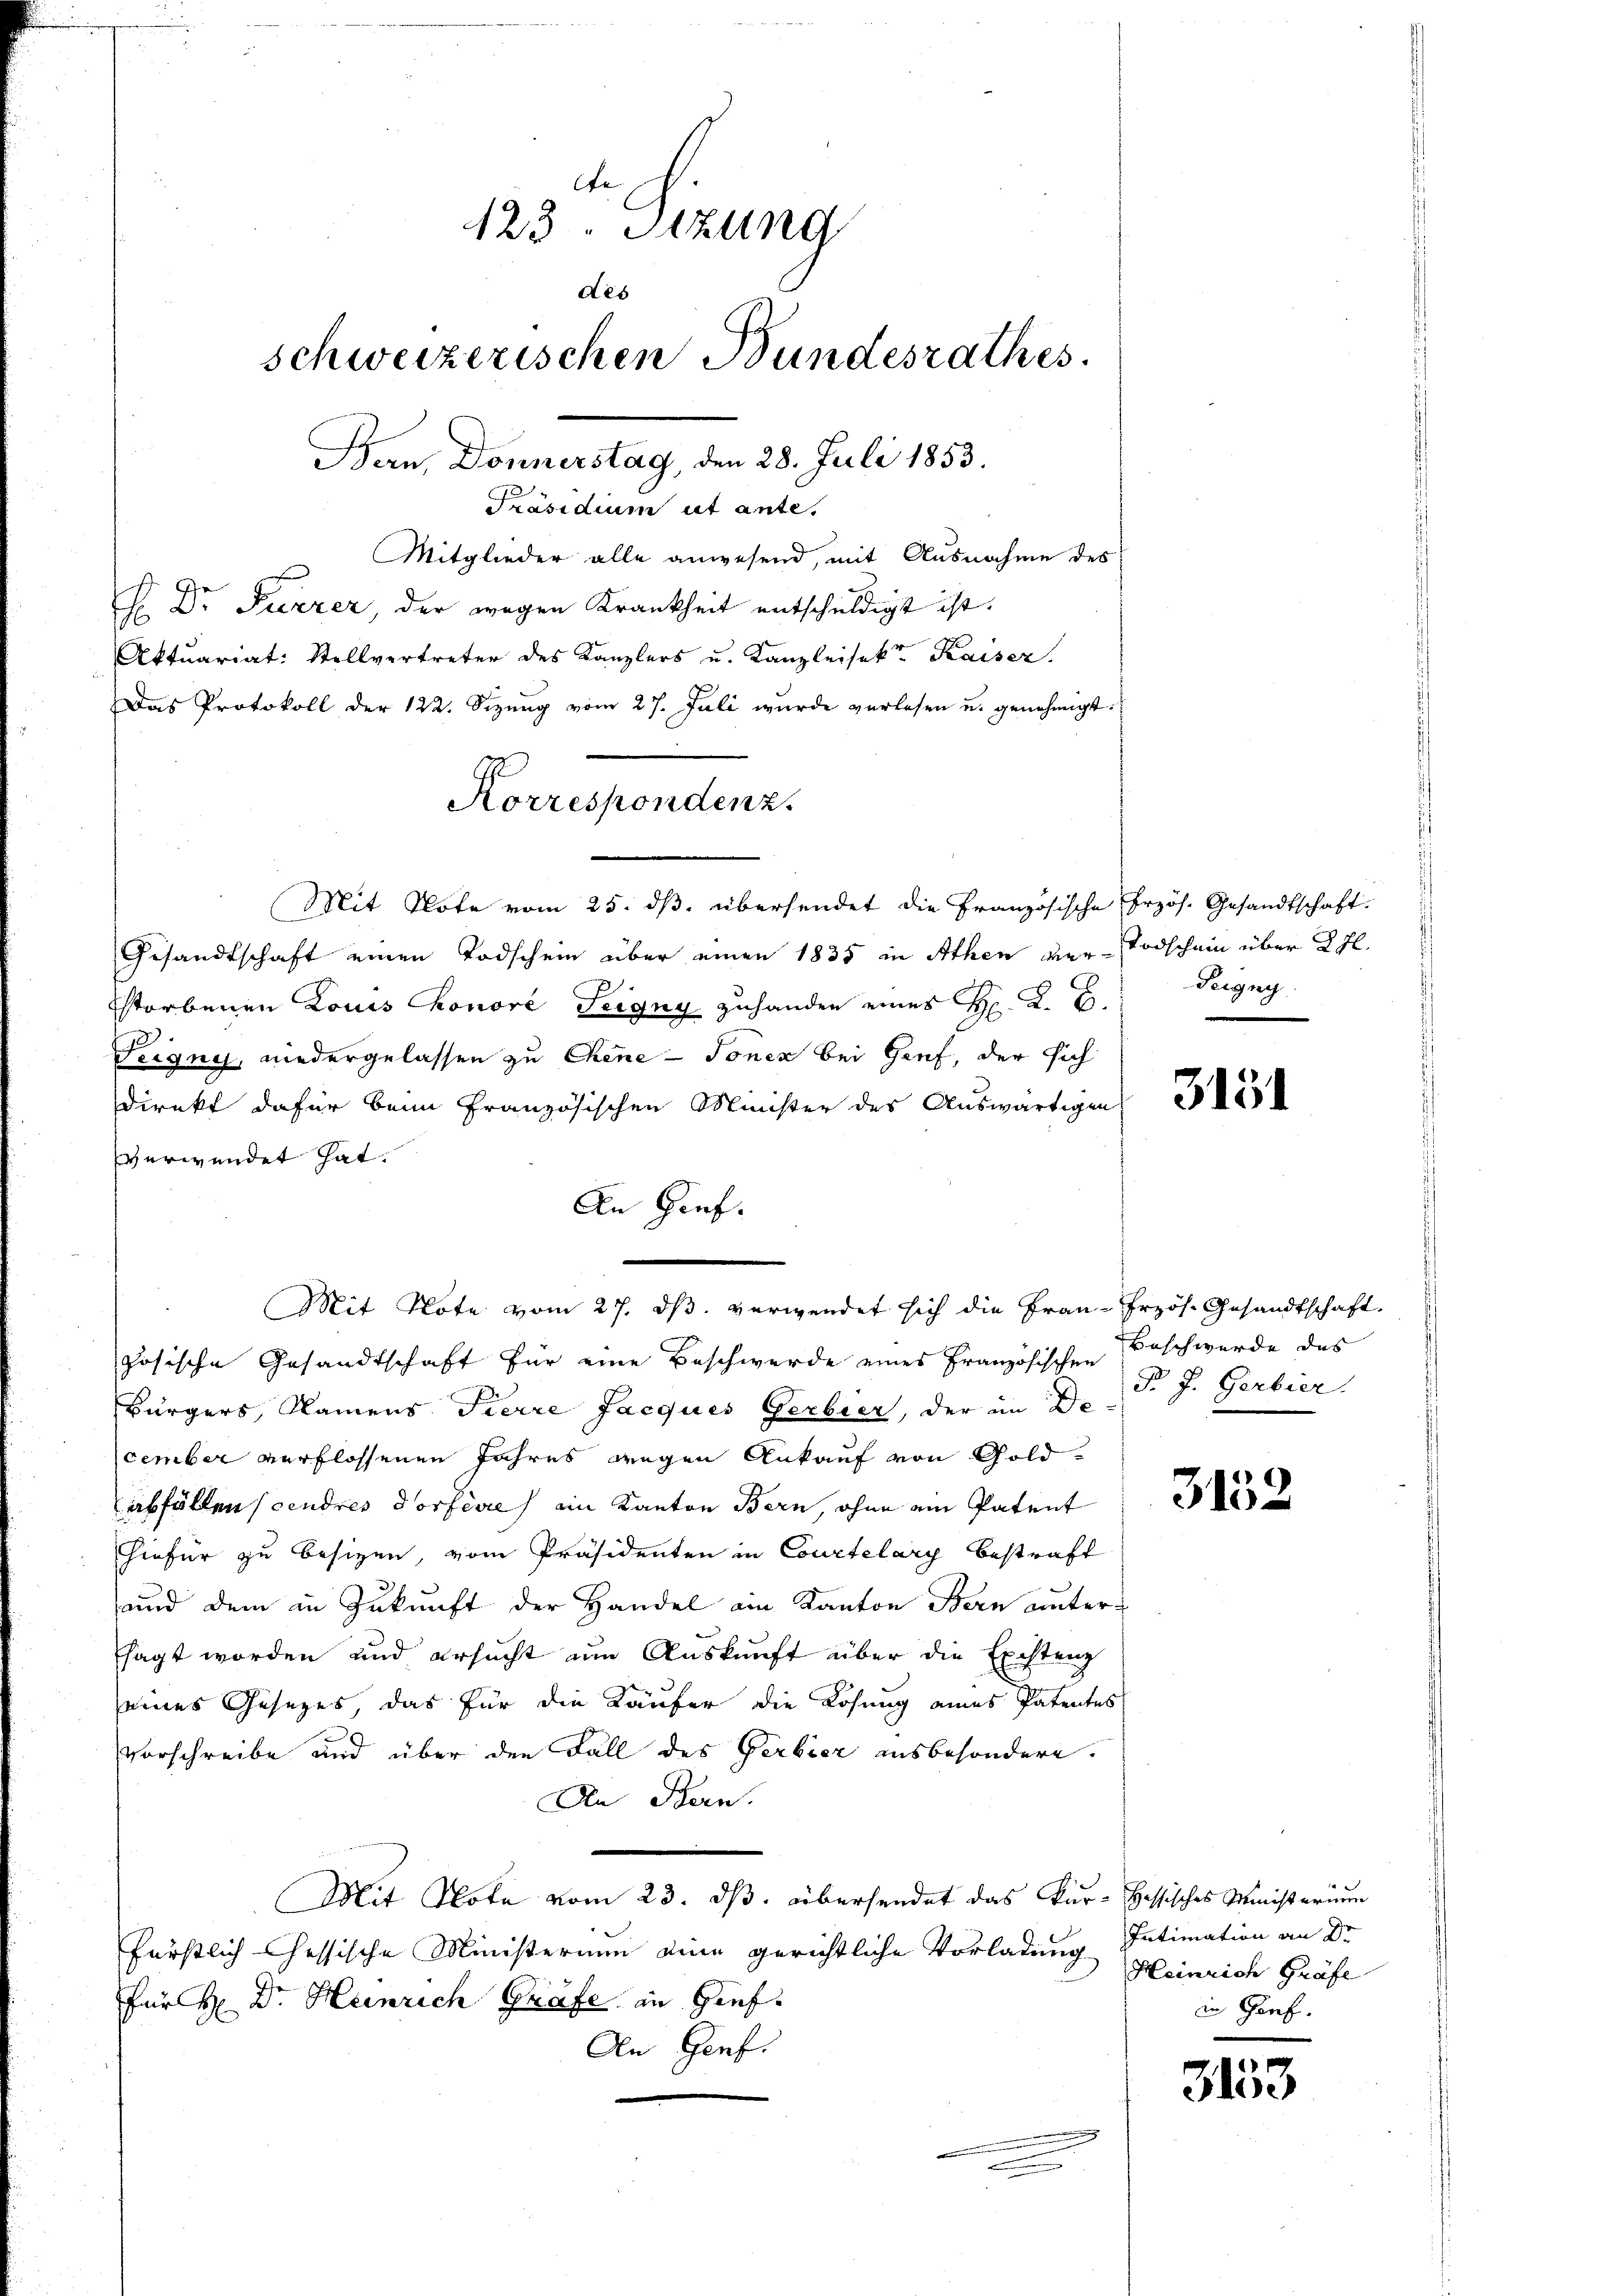
Präsidium et ante.
Mitglieder alle anwesend, mit Ausnahme des
H. Dr Furrer, der wegen Krankheit entschuldigt ist.
Aktuariat: Stellvertreter des Kanzlers u. Kanzleisekt Kaiser
Das Protokoll der 122. Sizung vom 27. Juli wurde verlesen u. genehmigt.
Gesandtschaft einen Todschein über einen 1835 in Athen ver- Todschein über 2 fl.
storbenen Louis honore Teigny zuhander eines H. K. B.
Teigne, niedergelassen zu Chene - Tonen bei Genf, der sich
Direkt dafür beim Französischen Minister des Auswärtigen
verwendet hat.
An Gief.
zösische Gesandtschaft für eine Beschwerde eines Französischen Beschwerde des
Bürgers, Namens Fierre Jacques Gerbier, der im De-
cember verflossenen Jahres wegen Ankauf von Goldabfällen (cendres Dorfevre ein Kanton Bern, ohne ein Patent
Hiefür zu besizen, vom Präsidenten in Courtelary bestraft
und dem in Zukunft der Handel ain Kanton Bern unter-
sagt worden und ersucht um Auskunft über die Existenz
seines Gesetzes, das für die Käufer die Lösung eines Patentes
vorschreibe und über den Fall des Gerbier ausbesondere.
An Bern.
Mit Note vom 23. ds. übersendet das Kur- Hessisches Ministerium
fürstlich Cessische Ministerium eine gerichtliche Vorladung
Für H: Dr. Heinrich Grafe in Gief.
An Genf.

123. Sizung
des
schweizerischen Bundesrathes.
Bern, Donnerstag, den 28. Juli 1853.

G
Korrespondenz.

Mit Note vom 25. ds. übersendet die Französische Erzös. Gesandtschaft.

Mit Note vom 27. ds. verwendet sich die Frau-Erzös. Gesandtschaft

Pergny

3131

P. J. Gerbier.

3132

Intimation an Dr
Heinrich Gräfe
in Gorf.

3153